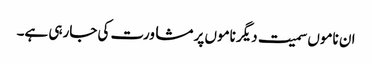
ان ناموں سمیت دیگر ناموں پر مشاورت کی جارہی ہے۔